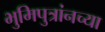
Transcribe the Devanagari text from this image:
भुमिपुत्रांनच्या